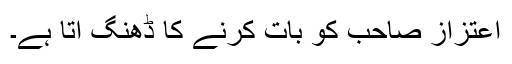
اعتزاز صاحب کو بات کرنے کا ڈھنگ آتا ہے۔